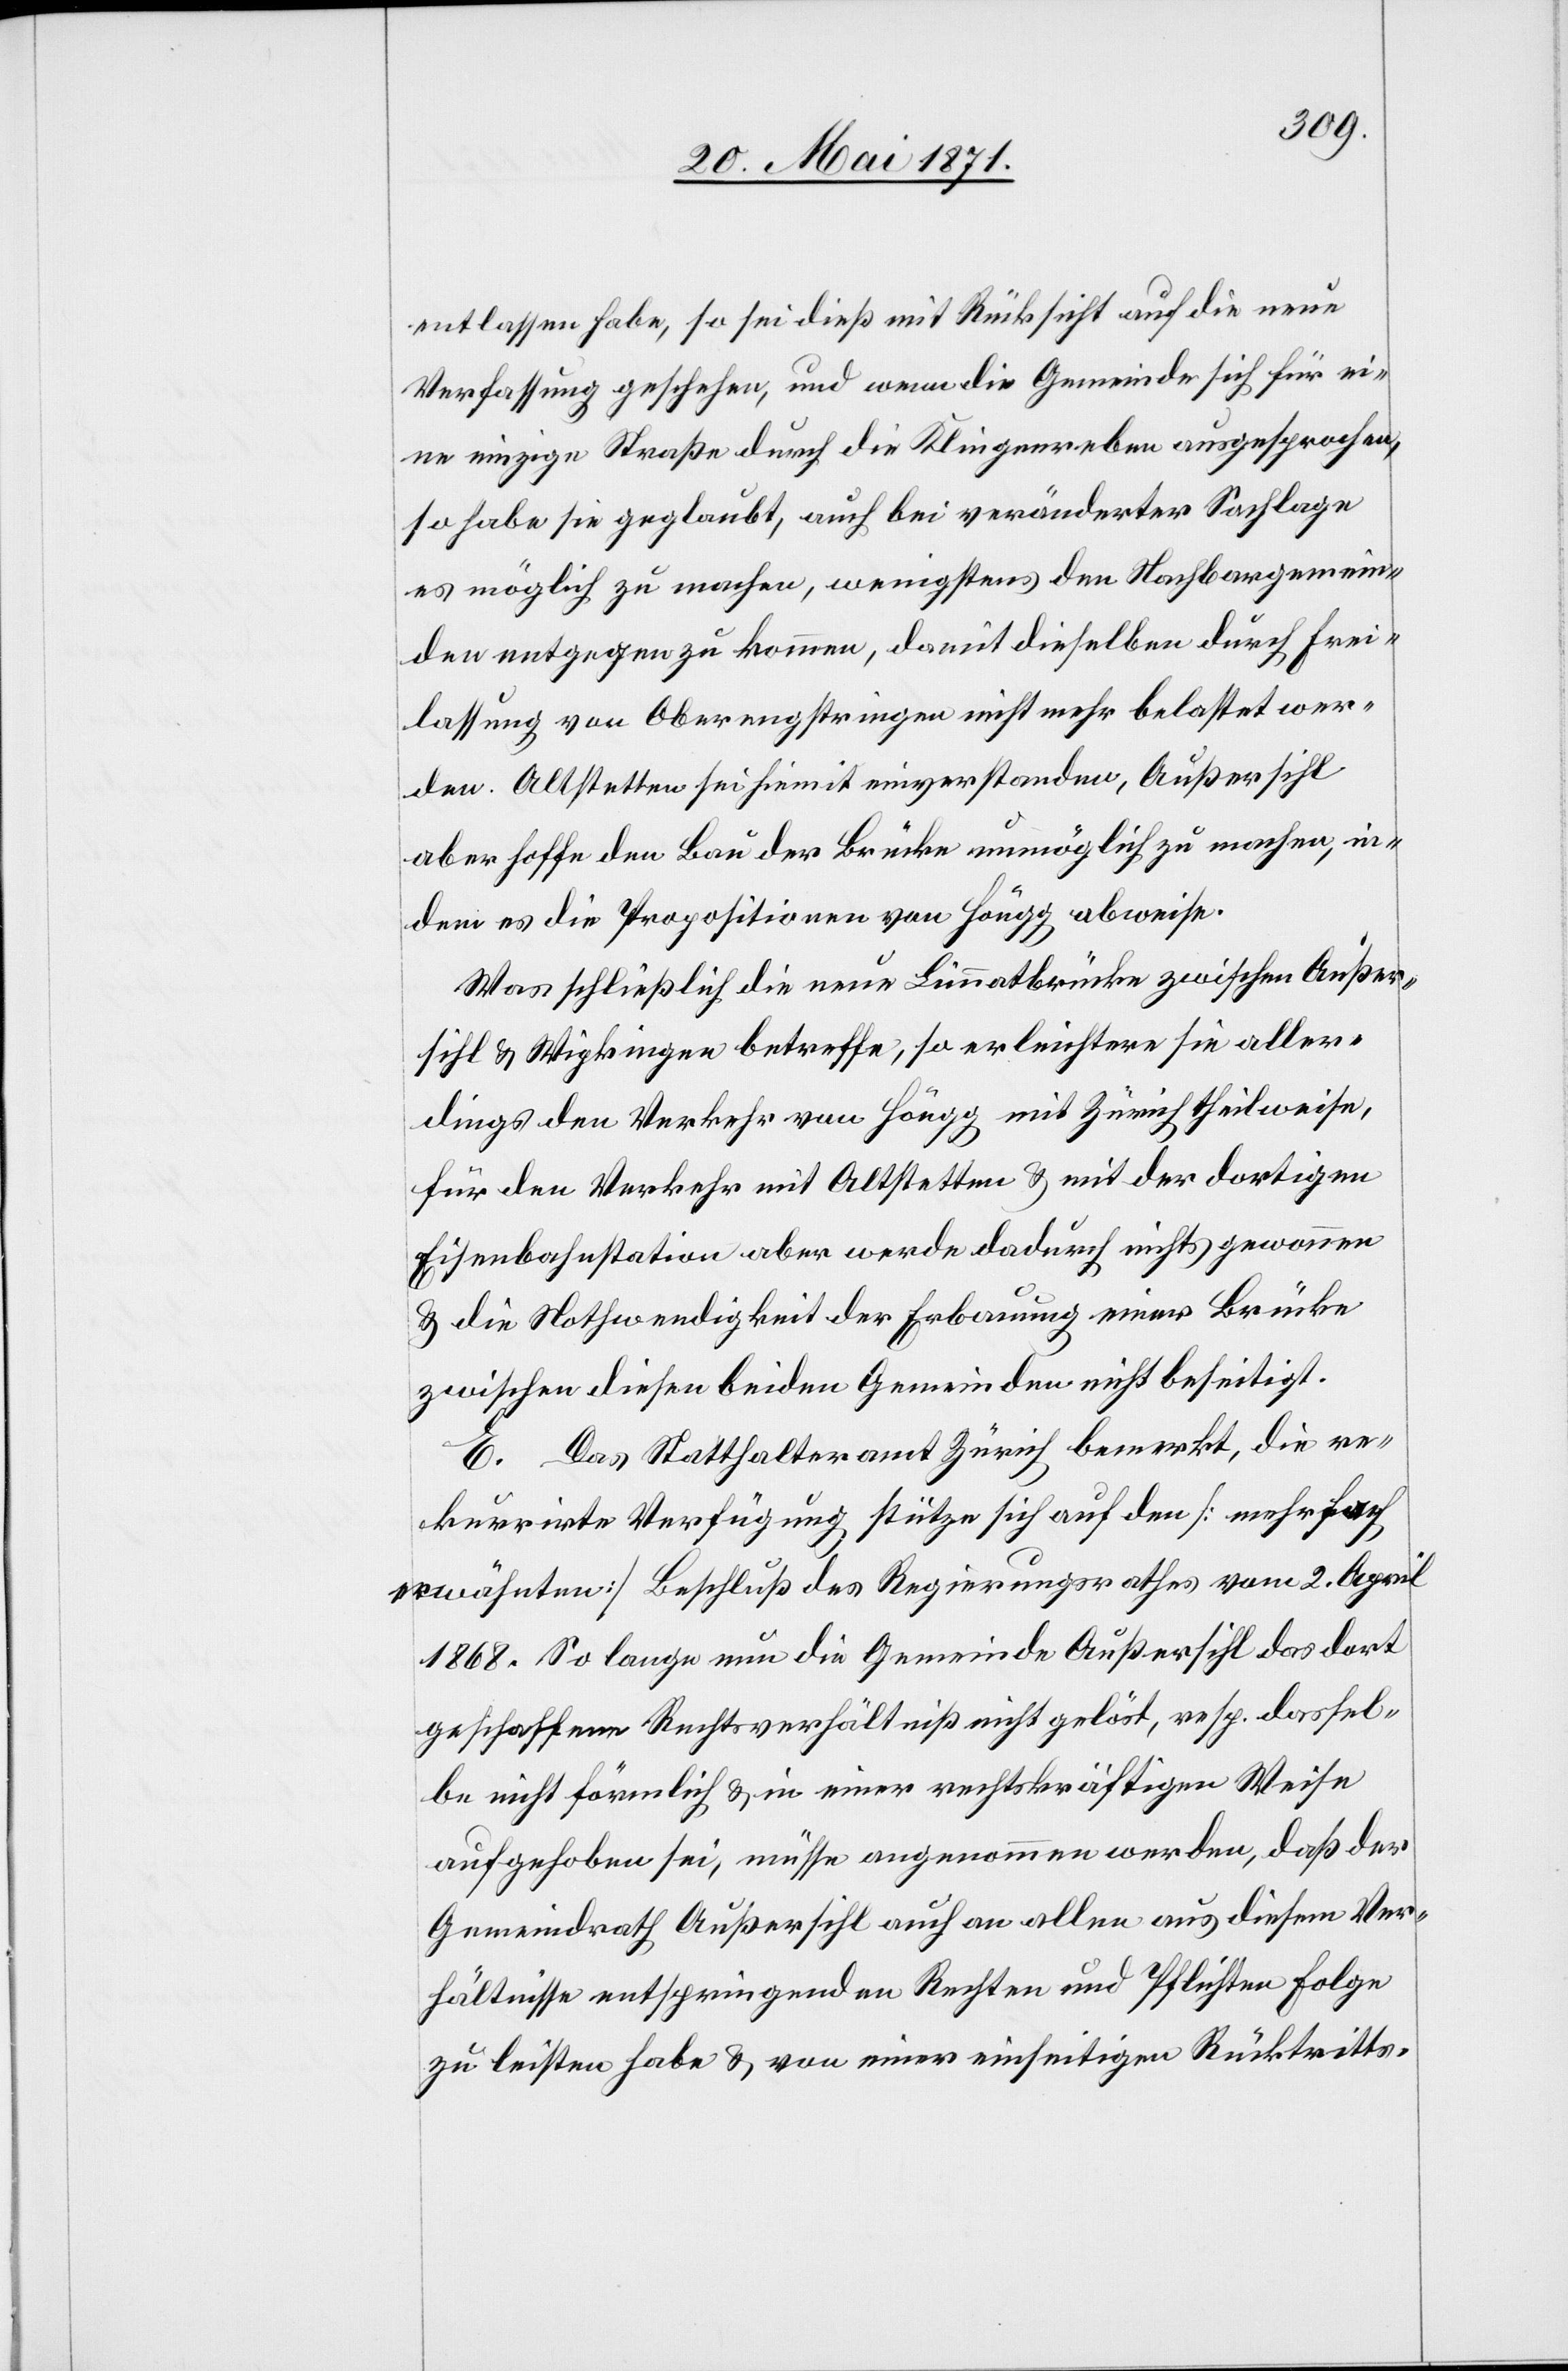
entlassen habe, so sei dieß mit Rücksicht auf die neue
Verfassung geschehen, und wenn die Gemeinde sich für ei¬
ne einzige Straße durch die Klingenreben ausgesprochen,
so habe sie geglaubt, auch bei veränderter Sachlage
es möglich zu machen, wenigstens den Nachbargemein¬
den entgegen zu kommen, damit dieselben durch Frei¬
lassung von Oberengstringen nicht mehr belastet wer¬
den. Altstetten sei hiemit einverstanden, Außersihl
aber hoffe den Bau der Brücke unmöglich zu machen, in¬
dem es die Propositionen von Höngg abweise.
Was schließlich die neue Limmatbrücke zwischen Außer¬
sihl u. Wipkingen betreffe, so erleichtere sie aller¬
dings den Verkehr von Höngg mit Zürich theilweise,
für den Verkehr mit Altstetten u. mit der dortigen
Eisenbahnstation aber werde dadurch nicht gewonnen
u. die Nothwendigkeit der Erbauung einer Brücke
zwischen diesen beiden Gemeinden nicht beseitigt.
E. Das Statthalteramt Zürich bemerkt, die re¬
kurrirte Verfügung stütze sich auf den [mehrfach
erwähnten] Beschluß des Regierungsrathes vom 2. April
1868. So lange nun die Gemeinde Außersihl das dort
geschaffene Rechtsverhältniß nicht gelöst, resp. dassel¬
be nicht förmlich u. in einer rechtskräftigen Weise
aufgehoben sei, müsse angenommen werden, daß der
Gemeindrath Außersihl auch an allen aus diesem Ver¬
hältnisse entspringenden Rechten und Pflichten Folge
zu leisten habe u. von einer einseitigen Rücktritts-